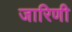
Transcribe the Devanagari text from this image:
जारिणी